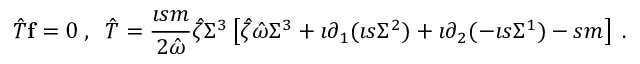
\hat { T } { \bf f } = 0 \; , \; \; \hat { T } = \frac { \imath s m } { 2 \hat { \omega } } \hat { \zeta } \Sigma ^ { 3 } \left[ \hat { \zeta } \hat { \omega } \Sigma ^ { 3 } + \imath \partial _ { 1 } ( \imath s \Sigma ^ { 2 } ) + \imath \partial _ { 2 } ( - \imath s \Sigma ^ { 1 } ) - s m \right] \; .